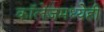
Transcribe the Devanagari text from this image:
काॅलेजमध्येही